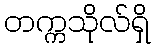
တက္ကသိုလ်ရှိ